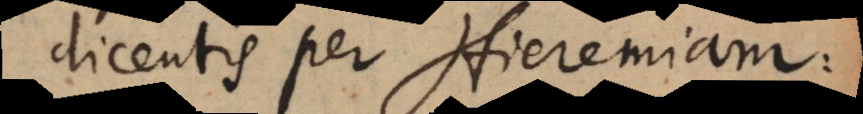
dicentis per Hieremiam: